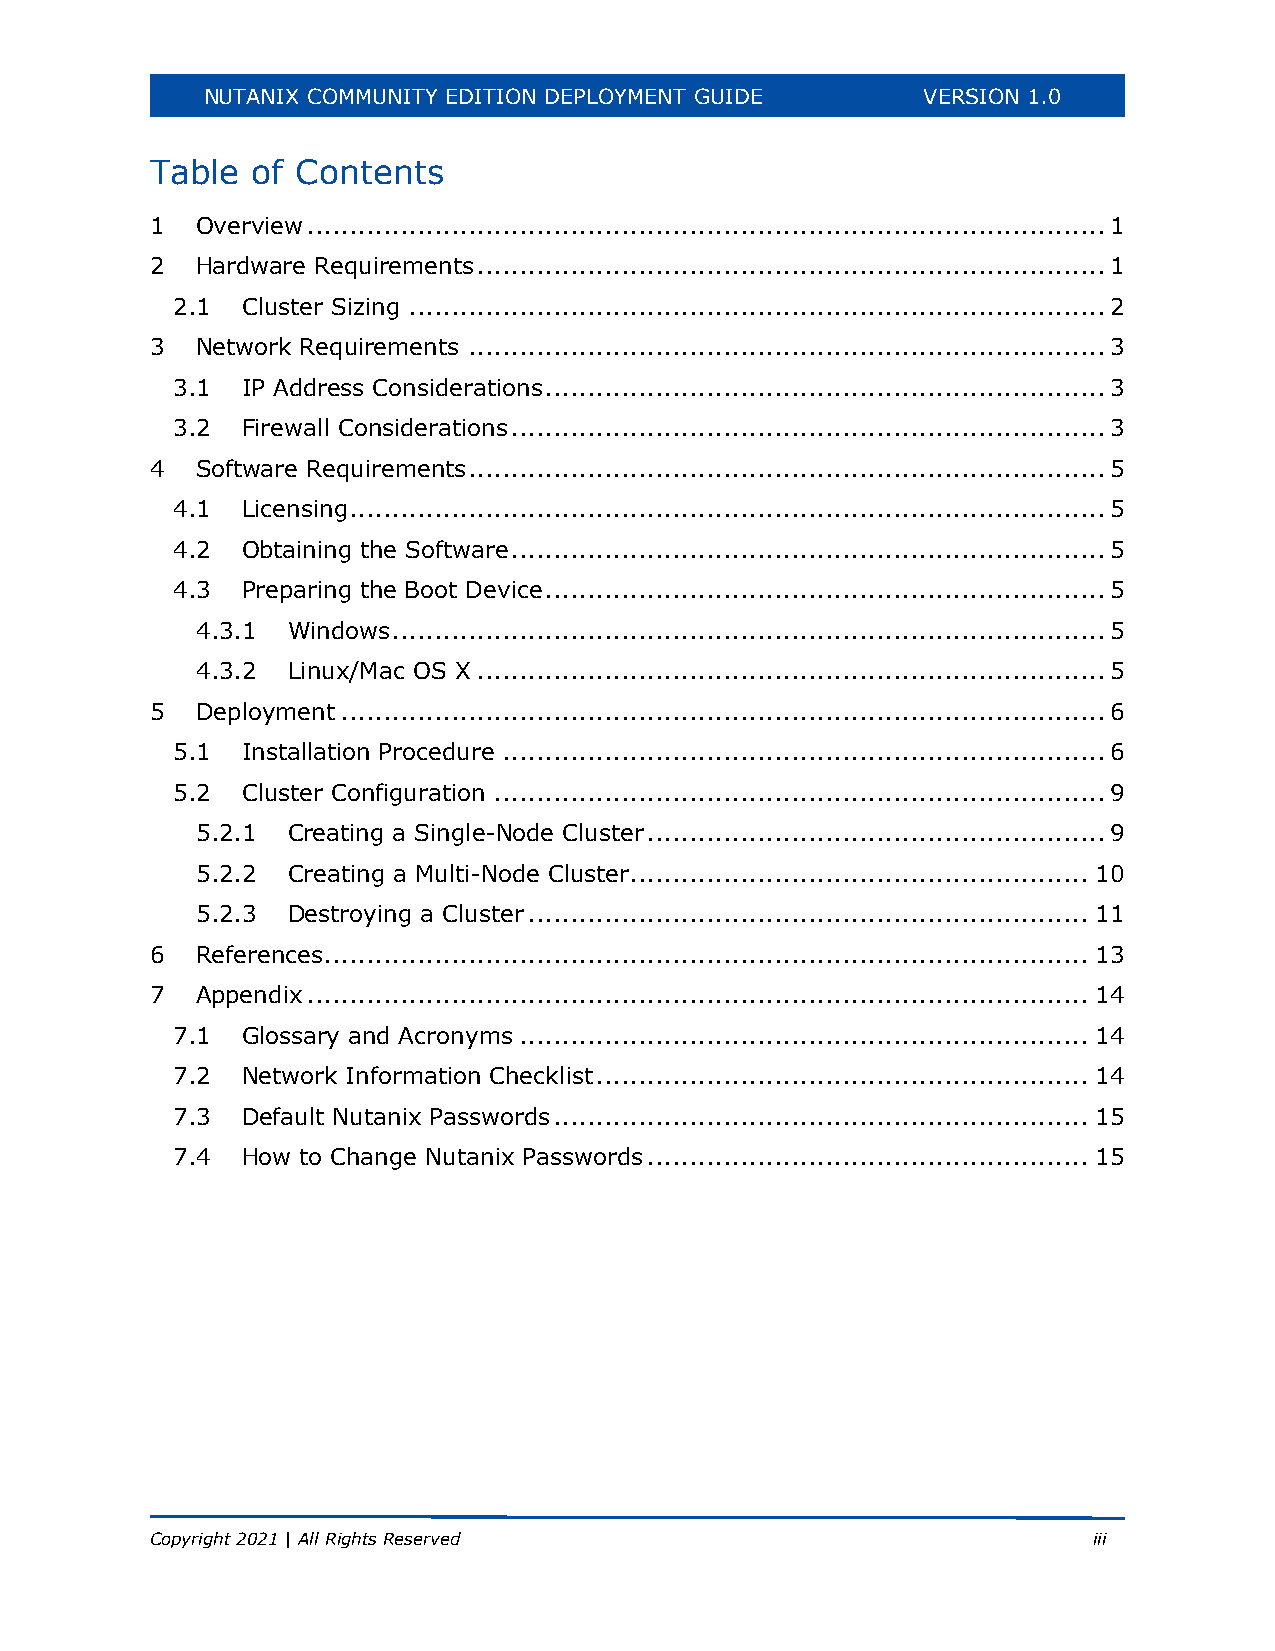
NUTANIX COMMUNITY EDITION DEPLOYMENT GUIDE      VERSION 1.0
 Table  of Contents
 1  Overview .............................................................................................. 1
 2  Hardware Requirements .......................................................................... 1
 2.1  Cluster Sizing .................................................................................. 2
 3  Network Requirements ........................................................................... 3
 3.1  IP Address Considerations .................................................................. 3
 3.2  Firewall Considerations ...................................................................... 3
 4  Software Requirements ........................................................................... 5
 4.1  Licensing ......................................................................................... 5
 4.2  Obtaining the Software ...................................................................... 5
 4.3  Preparing the Boot Device .................................................................. 5
 4.3.1 Windows .................................................................................... 5
 4.3.2 Linux/Mac OS X .......................................................................... 5
 5  Deployment .......................................................................................... 6
 5.1  Installation Procedure ....................................................................... 6
 5.2  Cluster Configuration ........................................................................ 9
 5.2.1 Creating a Single-Node Cluster ...................................................... 9
 5.2.2 Creating a Multi-Node Cluster ...................................................... 10
 5.2.3 Destroying a Cluster .................................................................. 11
 6  References .......................................................................................... 13
 7  Appendix ............................................................................................ 14
 7.1  Glossary and Acronyms ................................................................... 14
 7.2  Network Information Checklist .......................................................... 14
 7.3  Default Nutanix Passwords ............................................................... 15
 7.4  How to Change Nutanix Passwords .................................................... 15
 Copyright 2021 | All Rights Reserved                          iii